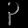
Digit: ၃